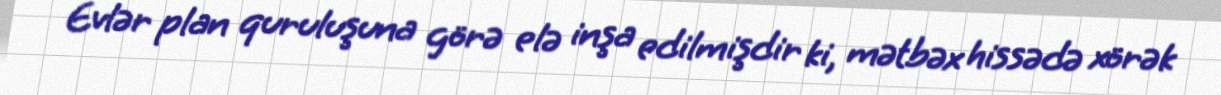
Evlər plan quruluşuna görə elə inşa edilmişdir ki, mətbəx hissədə xörək